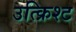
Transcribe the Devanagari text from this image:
उत्क्रिश्ट